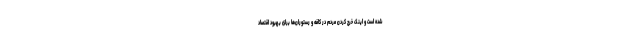
شده است و اینک خرج کردن مردم در کافه و رستوران‌ها برای بهبود اقتصاد